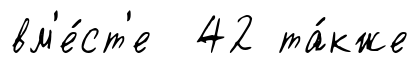
вм'е́ст'е 42 та́кже